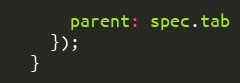
Language: JavaScript
      parent: spec.tab
    });
  }